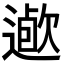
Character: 𨖯